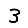
Digit: 3